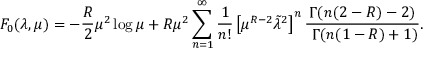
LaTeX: F _ { 0 } ( \lambda , \mu ) = - { \frac { R } { 2 } } \mu ^ { 2 } \log \mu + R \mu ^ { 2 } \sum _ { n = 1 } ^ { \infty } { \frac { 1 } { n ! } } \left[ \mu ^ { R - 2 } \tilde { \lambda } ^ { 2 } \right] ^ { n } { \frac { \Gamma ( n ( 2 - R ) - 2 ) } { \ \Gamma ( n ( 1 - R ) + 1 ) } } .